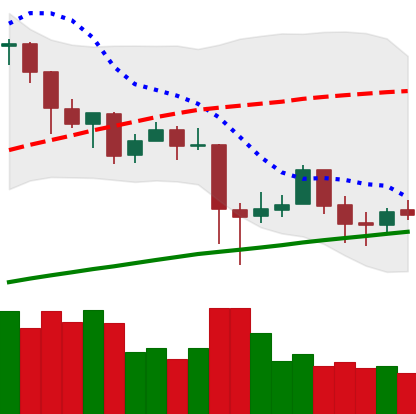
Ticker: BTC-USD
Chart end date: 2018-01-25
Forward return: -10.241%
Label: down_7plus